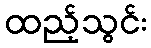
ထည့်သွင်း